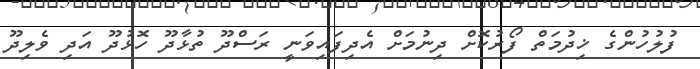
ފުލުހުންގެ ޚިދުމަތް ފޯރުކޮށް ދިނުމަށް އެދިފައިވަނީ ރަސްދޫ ތުޅާދޫ ހޮޅުދޫ އަދި ވެލިދޫ